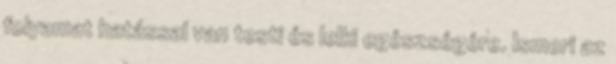
folyamat hatással van testi és lelki egészségére. Ismeri az